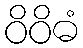
ဝိဝိဓံ